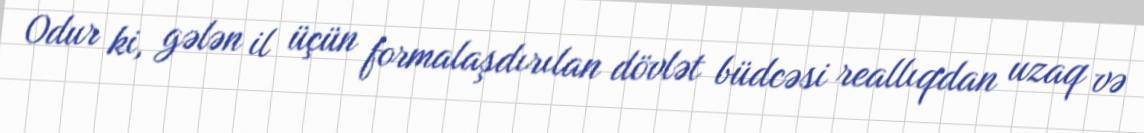
Odur ki, gələn il üçün formalaşdırılan dövlət büdcəsi reallıqdan uzaq və